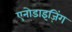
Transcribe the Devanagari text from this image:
एनोडाइज़िंग